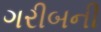
ગરીબની